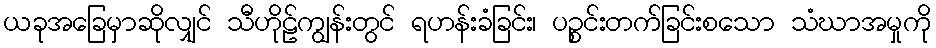
ယခုအခြေမှာဆိုလျှင် သီဟိုဠ်ကျွန်းတွင် ရဟန်းခံခြင်း၊ ပဉ္စင်းတက်ခြင်းစသော သံဃာအမှုကို